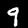
Label: 9